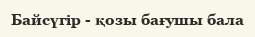
Байсүгір - қозы бағушы бала